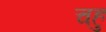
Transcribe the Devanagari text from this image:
चहु